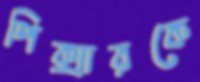
পিক্সারকে